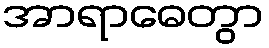
အာရာဓေတွာ